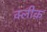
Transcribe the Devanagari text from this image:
क्लीक